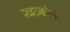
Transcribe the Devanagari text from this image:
स्त्रथ्कोना